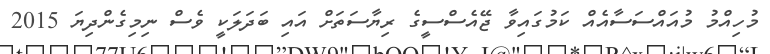
މުހިއްމު މުއައްސަސާއެއް ކަމުގައިވާ ޖޭއެސްސީގެ ރިޔާސަތަށް އައި ބަދަލަކީ ވެސް ނިމިގެންދިޔަ 2015